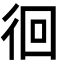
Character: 徊